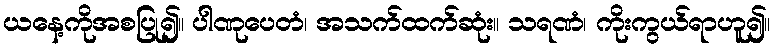
ယနေ့ကိုအစပြု၍။ ပါဏုပေတံ၊ အသက်ထက်ဆုံး။ သရဏံ၊ ကိုးကွယ်ရာဟူ၍။